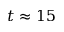
t \approx 1 5